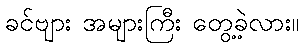
ခင်ဗျား အများကြီး တွေ့ခဲ့လား။